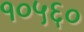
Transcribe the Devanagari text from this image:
१०५६०